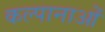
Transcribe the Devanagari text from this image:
कल्पानाओं